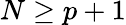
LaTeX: N\geq p+1